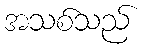
အသစ်သည်